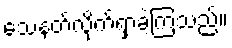
သေနတ်လိုက်ရှာခဲ့ကြသည်။